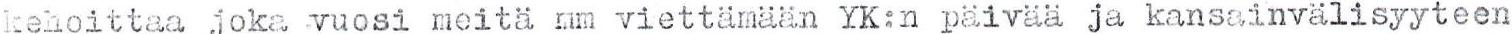
kehoittaa joka vuosi meitä mm viettämään YK:n päivää ja kansainvälisyyteen